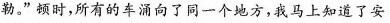
勒。”顿时，所有的车涌向了同一个地方，我马上知道了安